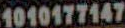
1010177147